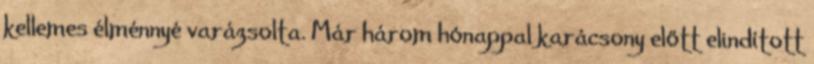
kellemes élménnyé varázsolta. Már három hónappal karácsony előtt elindított